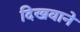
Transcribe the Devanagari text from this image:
दिखवाने